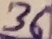
Text: 36